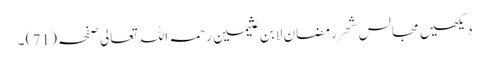
دیکھیں مجالس شھر رمضان لابن عثیمین رحمہ اللہ تعالی صفحہ ( 71 ) ۔